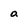
Character: a